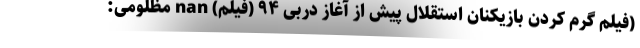
(فیلم گرم کردن بازیکنان استقلال پیش از آغاز دربی ۹۴ (فیلم) nan مظلومی: